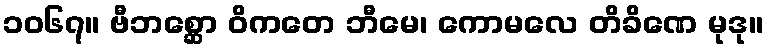
၁၀၆၇။ ဗီဘစ္ဆော ဝိကတေ ဘီမေ၊ ကောမလေ တိခိဏေ မုဒု။